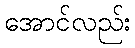
အောင်လည်း